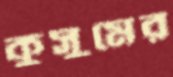
কুসুমের